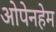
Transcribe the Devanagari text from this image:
ओपेनहेम